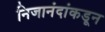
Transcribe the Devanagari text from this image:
निजानंदांकडून